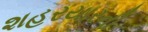
શહરયારની